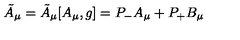
{ \tilde { A } } _ { \mu } = { \tilde { A } } _ { \mu } [ A _ { \mu } , g ] = P _ { - } A _ { \mu } + P _ { + } B _ { \mu }